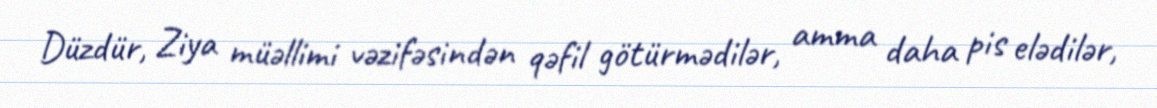
Düzdür, Ziya müəllimi vəzifəsindən qəfil götürmədilər, amma daha pis elədilər,